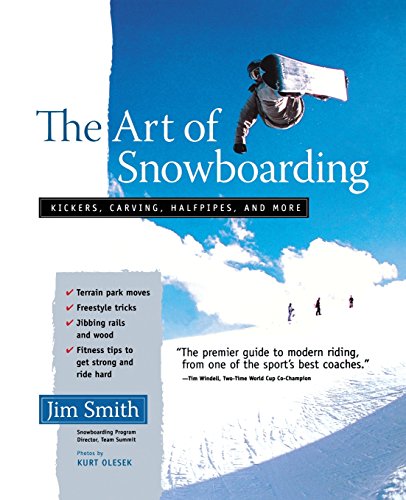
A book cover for The Art of Snowboarding: Kickers, Carving, Half-Pipe, and More; Jim Smith; Sports & Outdoors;